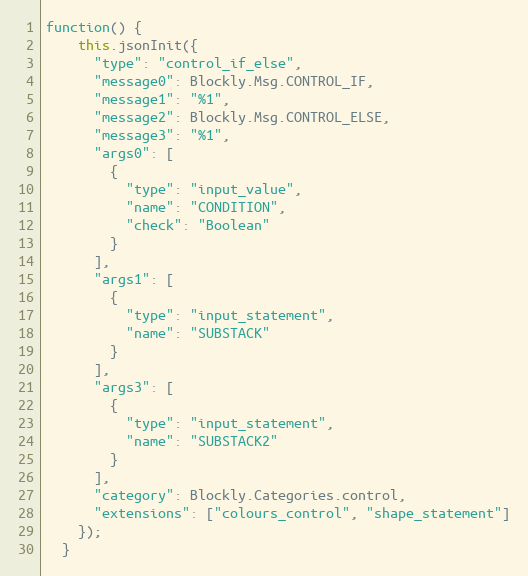
Language: JavaScript
function() {
    this.jsonInit({
      "type": "control_if_else",
      "message0": Blockly.Msg.CONTROL_IF,
      "message1": "%1",
      "message2": Blockly.Msg.CONTROL_ELSE,
      "message3": "%1",
      "args0": [
        {
          "type": "input_value",
          "name": "CONDITION",
          "check": "Boolean"
        }
      ],
      "args1": [
        {
          "type": "input_statement",
          "name": "SUBSTACK"
        }
      ],
      "args3": [
        {
          "type": "input_statement",
          "name": "SUBSTACK2"
        }
      ],
      "category": Blockly.Categories.control,
      "extensions": ["colours_control", "shape_statement"]
    });
  }